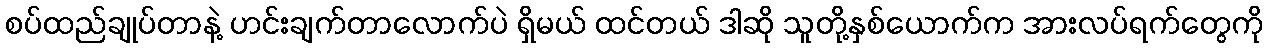
စပ်ထည်ချုပ်တာနဲ့ ဟင်းချက်တာလောက်ပဲ ရှိမယ် ထင်တယ် ဒါဆို သူတို့နှစ်ယောက်က အားလပ်ရက်တွေကို